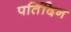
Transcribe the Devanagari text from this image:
पर्तिदिन